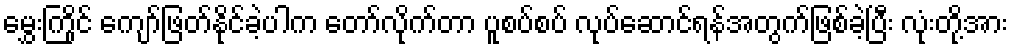
မွှေးကြိုင် ကျော်ဖြတ်နိုင်ခဲ့ပါက တော်လိုက်တာ ပူစပ်စပ် လုပ်ဆောင်ရန်အတွက်ဖြစ်ခဲ့ပြီး လုံးတို့အား